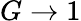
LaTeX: G\rightarrow 1